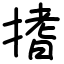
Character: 搘